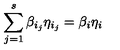
\sum _ { j = 1 } ^ { s } \beta _ { i _ { j } } \eta _ { i _ { j } } = \beta _ { i } \eta _ { i }